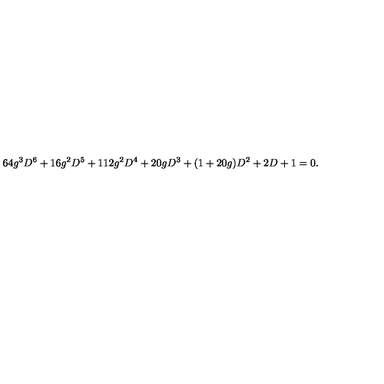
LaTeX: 6 4 g ^ { 3 } D ^ { 6 } + 1 6 g ^ { 2 } D ^ { 5 } + 1 1 2 g ^ { 2 } D ^ { 4 } + 2 0 g D ^ { 3 } + ( 1 + 2 0 g ) D ^ { 2 } + 2 D + 1 = 0 .